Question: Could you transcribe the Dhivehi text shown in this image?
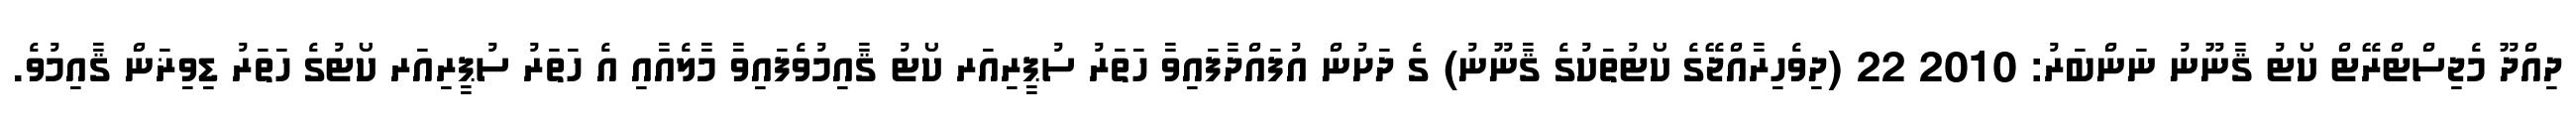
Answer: ދިއްދޫ މެޖިސްޓްރޭޓް ކޯޓު ޤާނޫނު ނަންބަރު: 2010 22 (ދިވެހިރާއްޖޭގެ ކޯޓުތަކުގެ ޤާނޫނު) ގެ ދަށުން އުފައްދާފައިވާ ހަތަރު ސުޕީރިއަރ ކޯޓު ޤާއިމުވެފައިވާ މާލެއާއި އެ ހަތަރު ސުޕީރިއަރ ކޯޓުގެ ހަތަރު ޑިވިޜަން ޤާއިމުވެ.